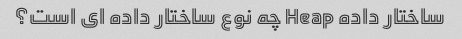
ساختار داده Heap چه نوع ساختار داده ای است؟